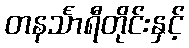
တနင်္သာရီတိုင်းနှင့်